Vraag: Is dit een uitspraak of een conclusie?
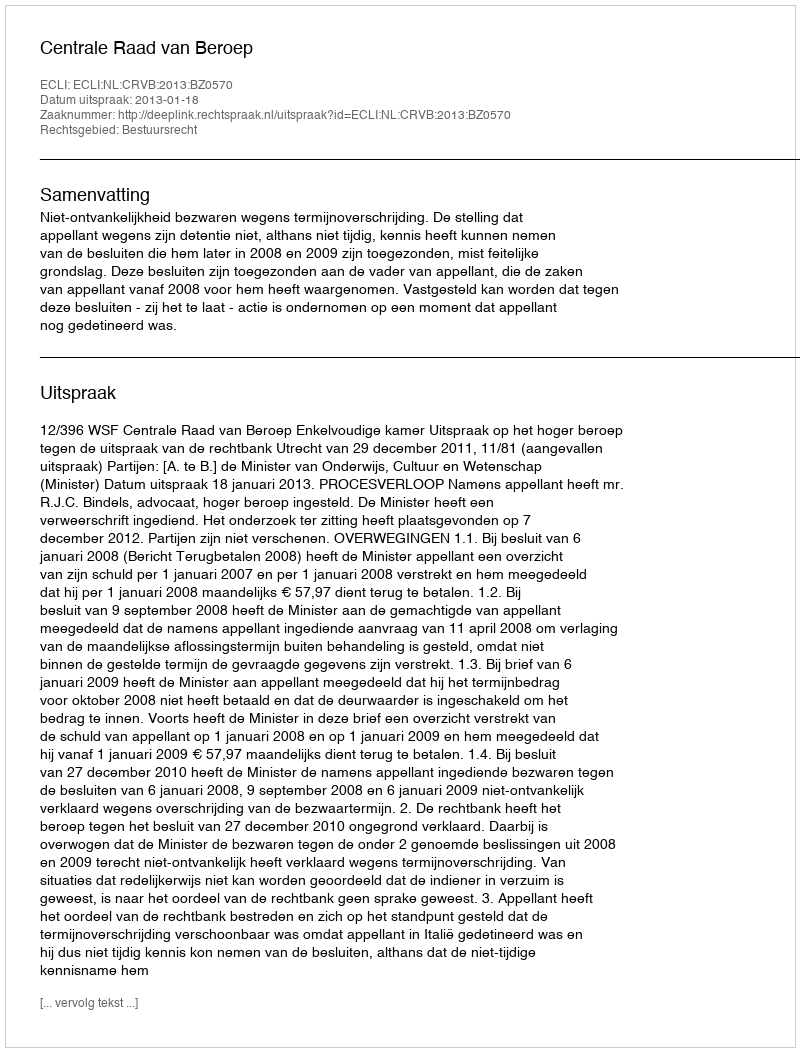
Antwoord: Uitspraak